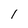
Character: 1